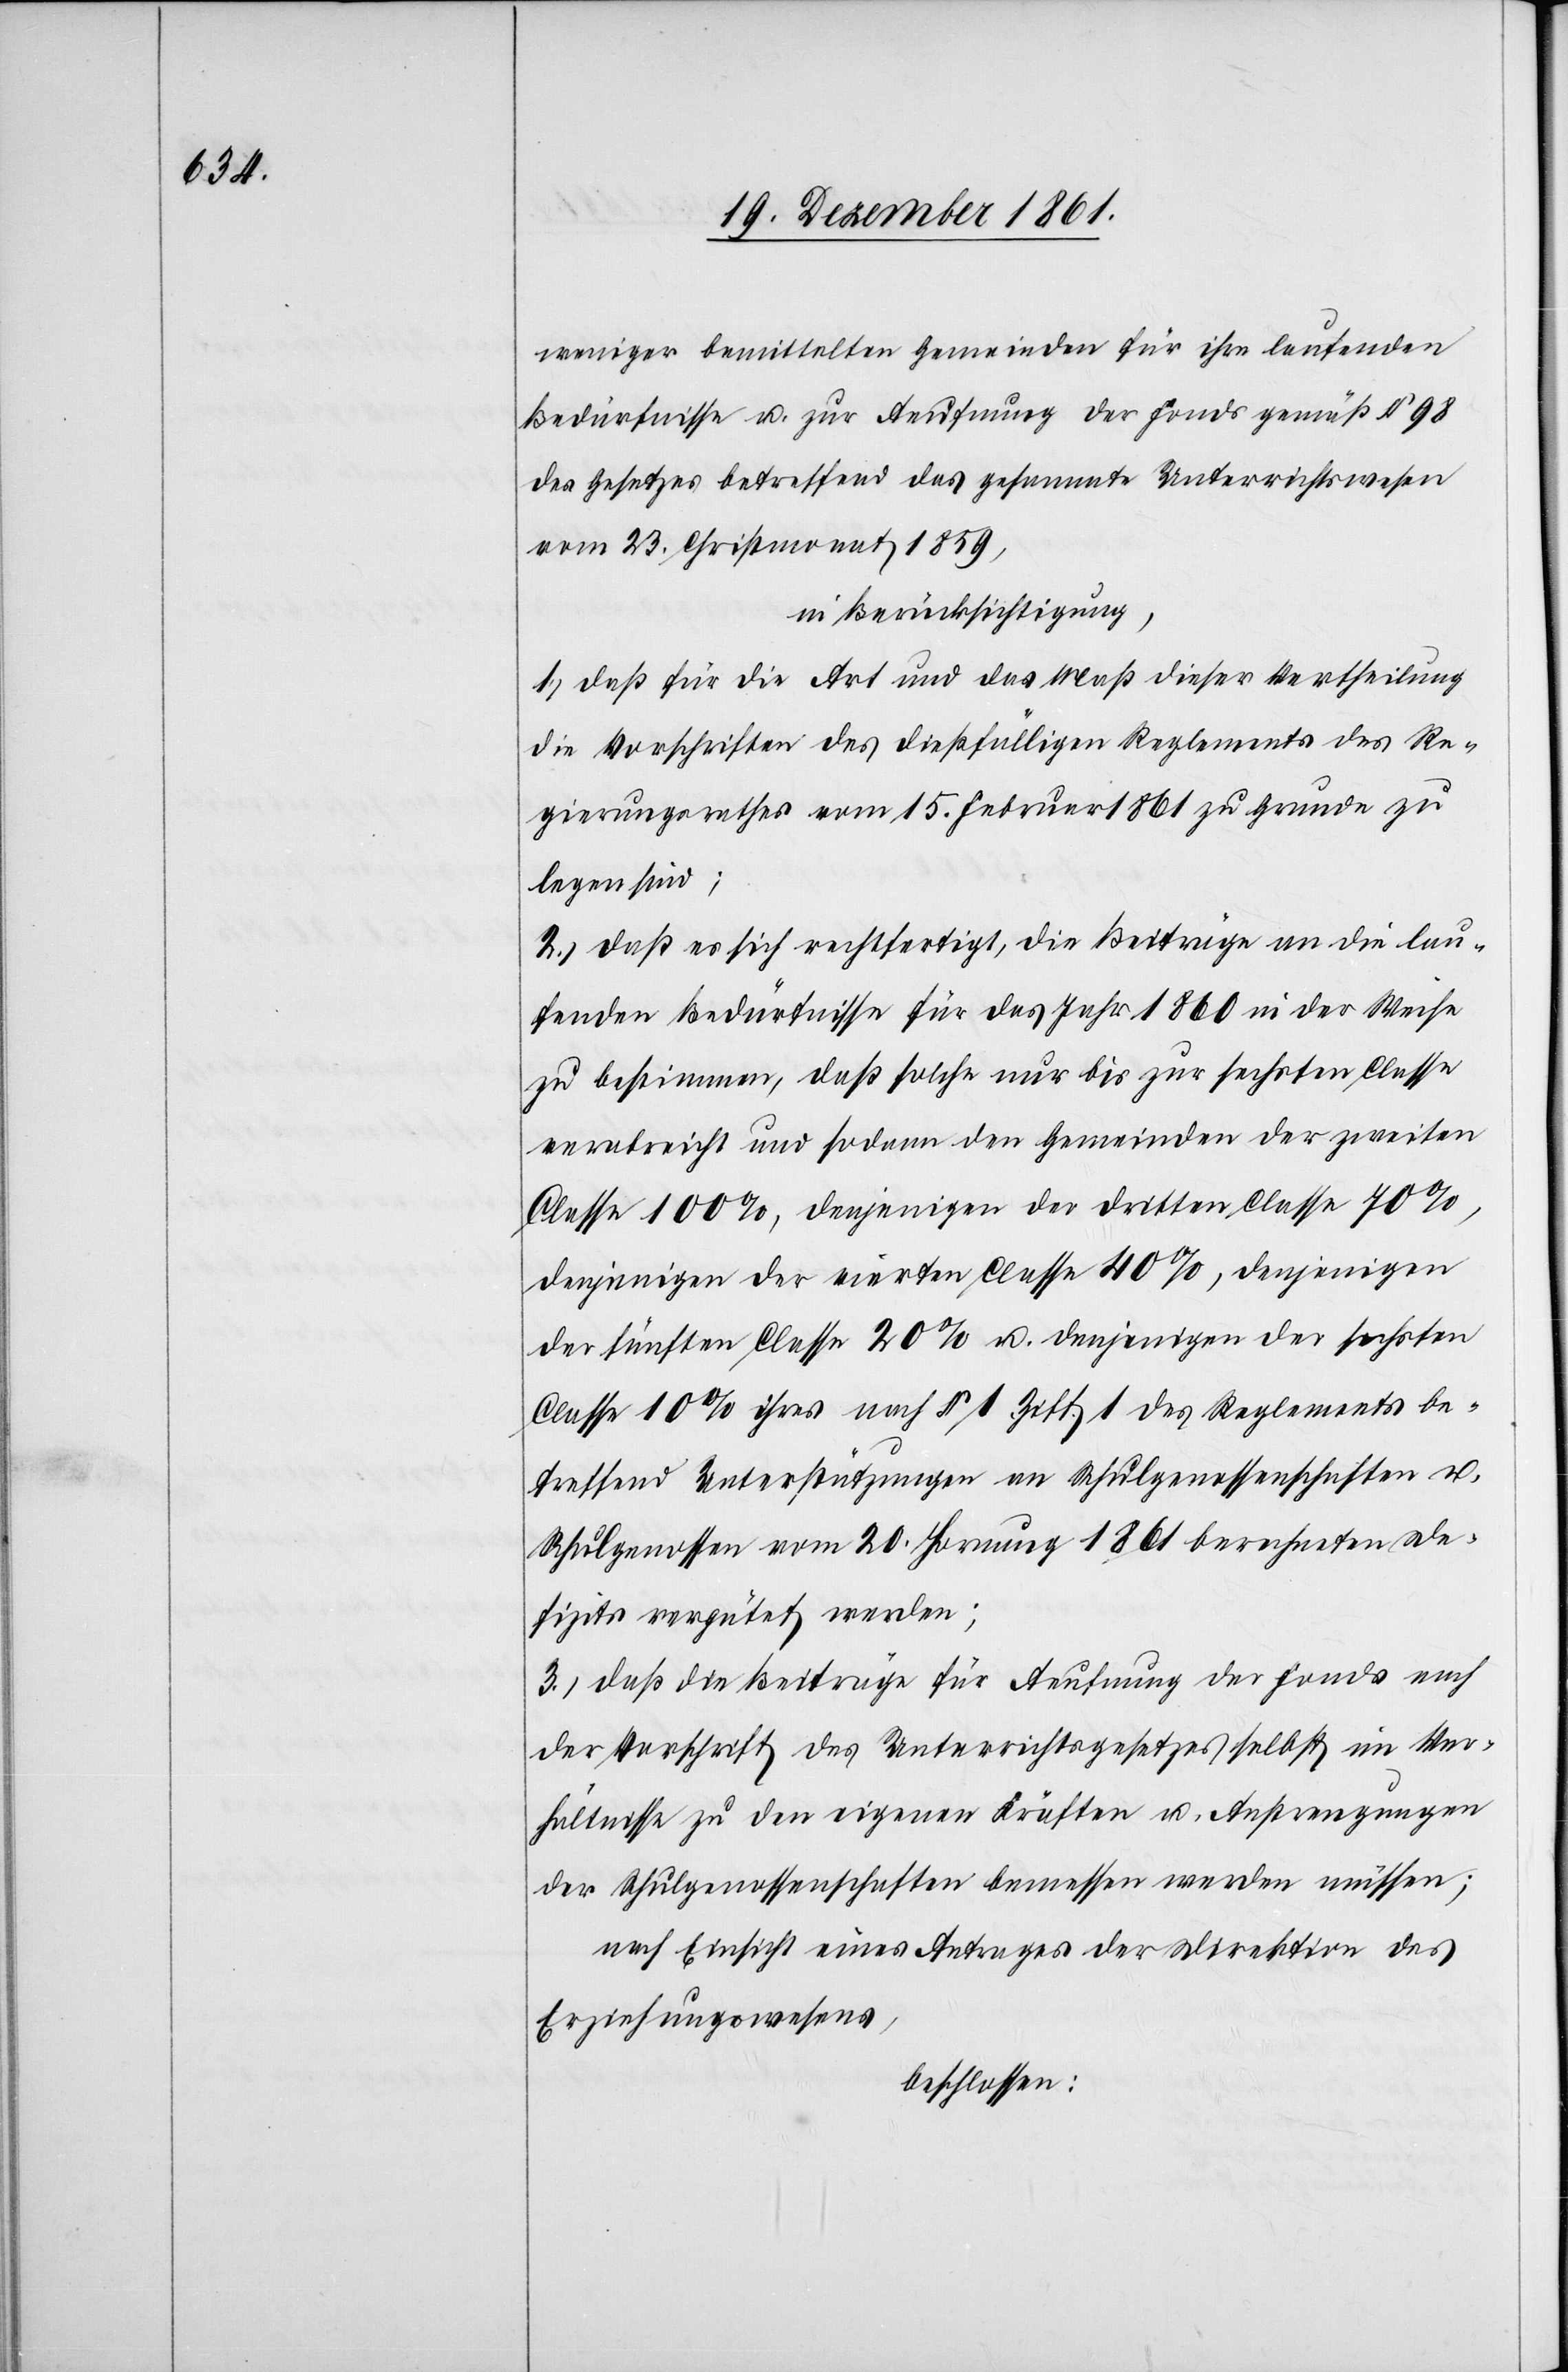
weniger bemittelten Gemeinden für ihre laufenden
Bedürfnisse u. zur Aeufnung der Fonds gemäß § 98
des Gesetzes betreffend das gesammte Unterrichtswesen
vom 23 Christmonat 1859,
in Berücksichtigung,
1.) daß für die Art und das Maß dieser Vertheilung
die Vorschriften des dießfälligen Reglements des Re¬
gierungsrathes vom 15 Februar 1861 zu Grunde zu
legen sind;
2.) daß es sich rechtfertigt, die Beiträge an die lau¬
fenden Bedürfnisse für das Jahr 1860 in der Weise
zu bestimmen, daß solche nur bis zur sechsten Classe
verabreicht und sodann den Gemeinden der zweiten
Classe 100%, denjenigen der dritten Classe 70%,
denjenigen der vierten Classe 40%, denjenigen
der fünften Classe 20% u. denjenigen der sechsten
Classe 10% ihres nach § 1 Ziff. 1 des Reglements be¬
treffend Unterstützungen an Schulgenossenschaften u.
Schulgenossen vom 20 Hornung 1861 berechneten De¬
fizits vergütet werden;
3.) daß die Beiträge für die Aeufnung der Fonds nach
der Vorschrift des Unterrichtsgesetzes selbst im Ver¬
hältnisse zu den eigenen Kräften u. Anstrengungen
der Schulgenossenschaften bemessen werden müssen;
nach Einsicht eines Antrages der Direktion des
Erziehungswesen,
beschlossen: